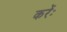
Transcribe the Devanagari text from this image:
करेंः